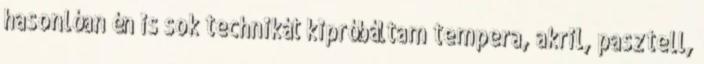
hasonlóan én is sok technikát kipróbáltam tempera, akril, pasztell,